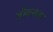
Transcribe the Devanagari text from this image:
ज़ीवन्तता